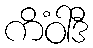
ကိံဝါဒီ